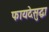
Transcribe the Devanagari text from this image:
फायदेसुद्धा